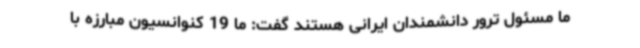
ما مسئول ترور دانشمندان ایرانی هستند گفت: ما 19 کنوانسیون مبارزه با